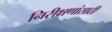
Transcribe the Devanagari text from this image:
निरीक्षणांसाठी